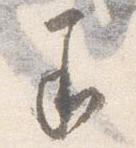
承